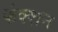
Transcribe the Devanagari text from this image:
फंक्‍शन